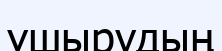
ұшырудың